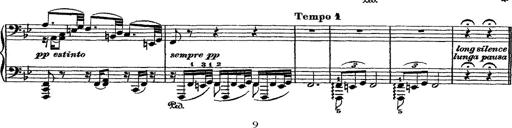
Title: Fantaisie romantique sur deux mÃ©lodies suisses
Composer: Franz Liszt